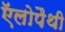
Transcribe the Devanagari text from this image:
ऍलोपैथी